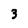
Character: 3